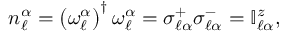
\begin{array} { r } { n _ { \ell } ^ { \alpha } = \left( \omega _ { \ell } ^ { \alpha } \right) ^ { \dagger } \omega _ { \ell } ^ { \alpha } = \sigma _ { \ell \alpha } ^ { + } \sigma _ { \ell \alpha } ^ { - } = \mathbb { I } _ { \ell \alpha } ^ { z } , } \end{array}